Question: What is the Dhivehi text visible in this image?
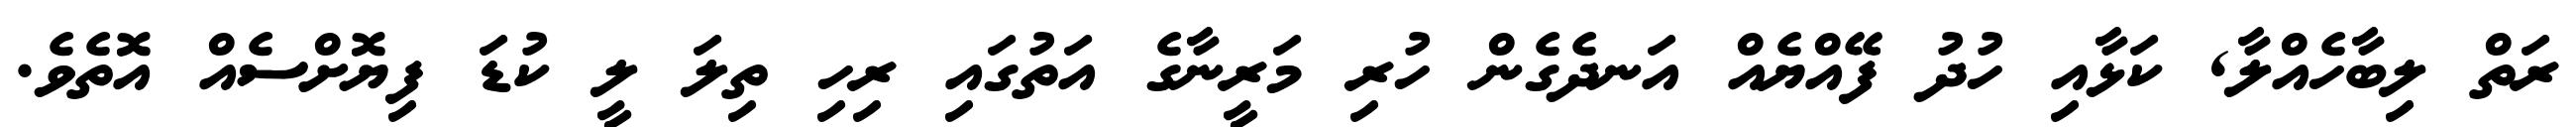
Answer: ރަތް ލިބާހެއްލާ, ކަޅާއި ހުދު ފޭއްޔެއް އަނދެގެން ހުރި މަރީނާގެ އަތުގައި ރިހި ތިލަ ލީ ކުޑަ ފިޔޮށްސެއް އޮތެވެ.